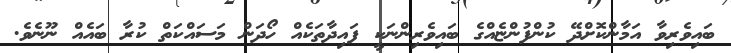
ބައިވެރިވާ އަމާންކޮށްދޭ ކުންފުންޏެއްގެ ބައިވެރިންނަކީ ފައިދާތަކެއް ހޯދަން މަސައްކަތް ކުރާ ބައެއް ނޫނެވެ.